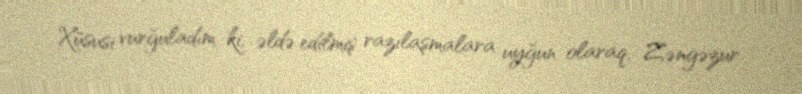
Xüsusi vurğuladım ki, əldə edilmiş razılaşmalara uyğun olaraq, Zəngəzur